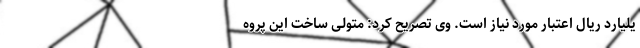
یلیارد ریال اعتبار مورد نیاز است. وی تصریح کرد: متولی ساخت این پروه